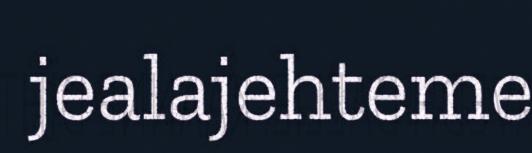
jealajehteme